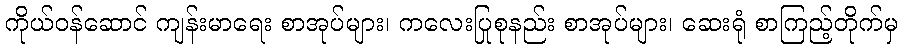
ကိုယ်ဝန်ဆောင် ကျန်းမာရေး စာအုပ်များ၊ ကလေးပြုစုနည်း စာအုပ်များ၊ ဆေးရုံ စာကြည့်တိုက်မှ